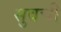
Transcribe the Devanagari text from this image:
सुवची